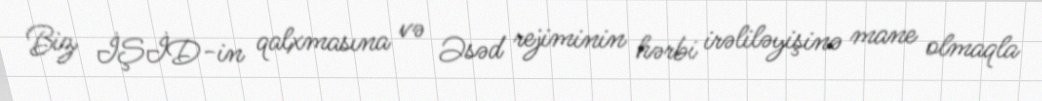
Biz İŞİD-in qalxmasına və Əsəd rejiminin hərbi irəliləyişinə mane olmaqla